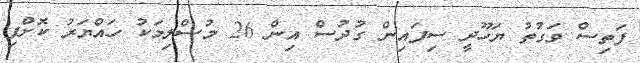
ފަތިސް ވަގުތު ޔަހޫދީ ސިފައިން ގުދުސް އިން 26 މުސްލިމަކު ހައްޔަރު ކޮށްފި